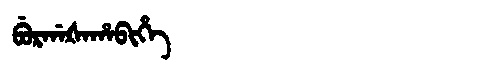
Manchu: ᠪᡠᡵᡤᠠᡧᠠᡥᠠᠪᡳᡥᡝ
Romanization: BURGAŠAHABIHE